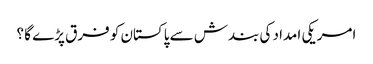
امریکی امداد کی بندش سے پاکستان کو فرق پڑے گا ؟